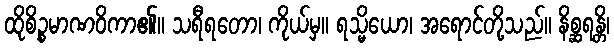
ထိုစိဉ္စမာဏဝိကာ၏။ သရီရတော၊ ကိုယ်မှ။ ရသ္မိယော၊ အရောင်တို့သည်။ နိစ္ဆရန္တိ၊